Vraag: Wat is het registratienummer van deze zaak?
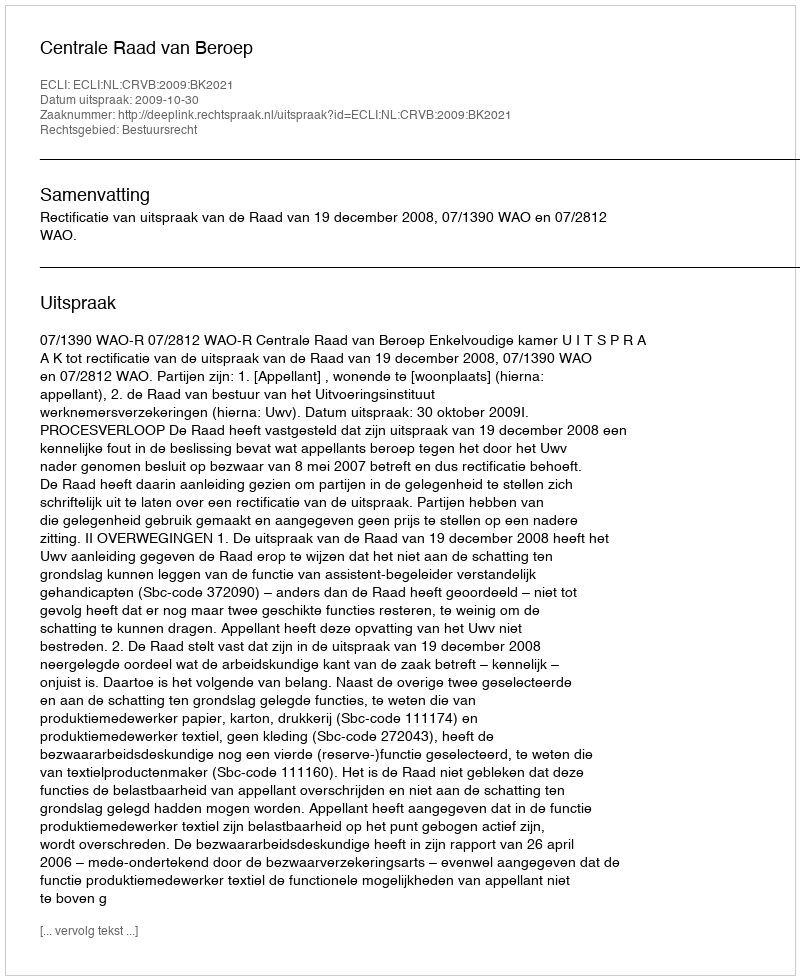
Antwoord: http://deeplink.rechtspraak.nl/uitspraak?id=ECLI:NL:CRVB:2009:BK2021